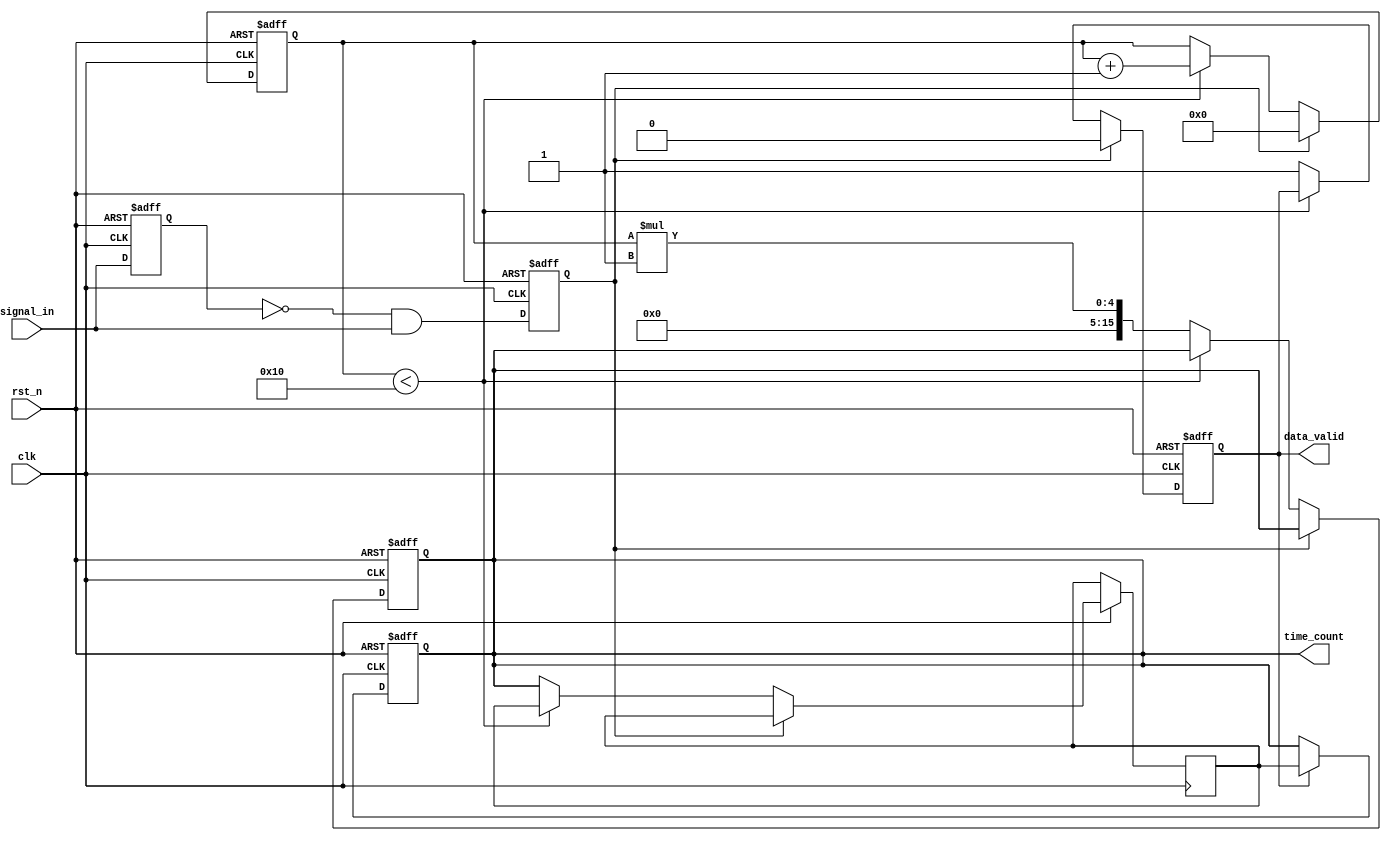
module tdc (
    input wire clk,                  // System clock
    input wire rst_n,                // Asynchronous reset (active low)
    input wire signal_in,            // Input signal to be measured
    output reg [15:0] time_count,    // Time interval count output
    output reg data_valid            // Data valid flag
);

    // Parameters
    parameter NUM_TAPS = 16;          // Number of delay line taps
    parameter DELAY_UNIT = 1;          // Time unit for each tap (adjust as needed)

    // Internal signals
    reg [NUM_TAPS-1:0] delay_line;     // Delay line for time measurement
    reg [3:0] tap_counter;              // Tap counter
    reg prev_signal;                    // For edge detection
    reg start_count;                    // Start counting signal
    reg [15:0] event_register;          // Store count values

    // Delay line logic (simplified)
    // This section should be expanded based on your actual delay line implementation
    always @(posedge clk or negedge rst_n) begin
        if (!rst_n) begin
            delay_line <= 0;
        end else begin
            delay_line <= {signal_in, delay_line[NUM_TAPS-1:1]}; // Shift input signal
        end
    end

    // Edge detection (rising edge)
    always @(posedge clk or negedge rst_n) begin
        if (!rst_n) begin
            prev_signal <= 0;
            start_count <= 0;
        end else begin
            start_count <= (prev_signal == 0 && signal_in == 1); // Rising edge detected
            prev_signal <= signal_in;
        end
    end

    // Time measurement counting logic
    always @(posedge clk or negedge rst_n) begin
        if (!rst_n) begin
            tap_counter <= 0;
            time_count <= 0;
            data_valid <= 0;
        end else if (start_count) begin
            tap_counter <= 0; // Reset counter on start
            data_valid <= 0;
        end else if (tap_counter < NUM_TAPS) begin
            tap_counter <= tap_counter + 1;
        end else begin
            time_count <= tap_counter * DELAY_UNIT; // Capture the measured time
            event_register <= time_count; // Store for output
            data_valid <= 1; // Mark output as valid
        end
    end

    // Output register logic
    always @(posedge clk or negedge rst_n) begin
        if (!rst_n) begin
            time_count <= 0;
        end else if (data_valid) begin
            time_count <= event_register; // Output the registered time count
        end
    end

endmodule